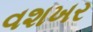
વશખર